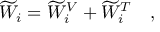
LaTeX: \widetilde { W } _ { i } = \widetilde { W } _ { i } ^ { V } + \widetilde { W } _ { i } ^ { T } ~ ~ ~ ,